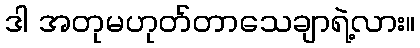
ဒါ အတုမဟုတ်တာသေချာရဲ့လား။